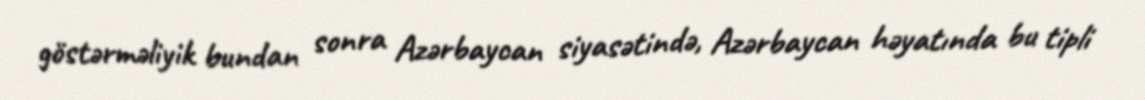
göstərməliyik bundan sonra Azərbaycan siyasətində, Azərbaycan həyatında bu tipli